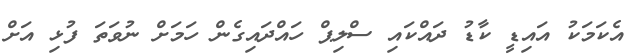
އެކަމަކު އައިޑީ ކާޑު ދައްކައި ސްލިޕް ހައްދައިގެން ހަމަށް ނުވަތަ ފުޅި އަށް